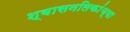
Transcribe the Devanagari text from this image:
श्‍वासनलिकांच्या